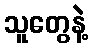
သူတွေနဲ့